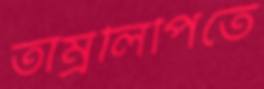
তাম্রলিপিতে